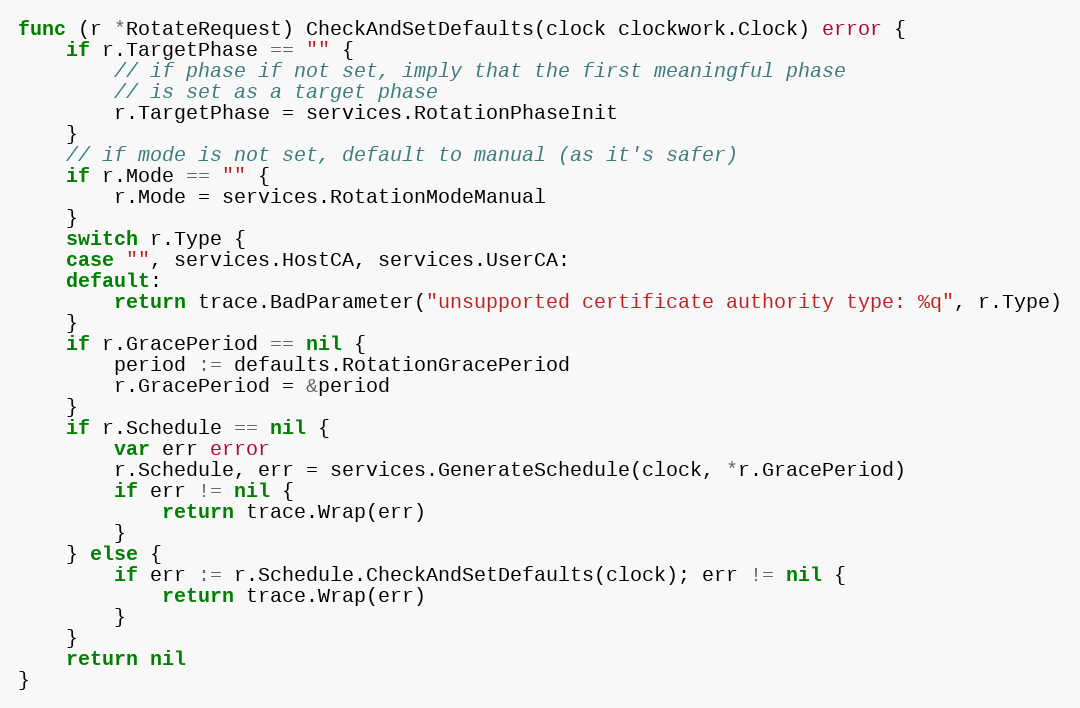
Language: Go
func (r *RotateRequest) CheckAndSetDefaults(clock clockwork.Clock) error {
	if r.TargetPhase == "" {
		// if phase if not set, imply that the first meaningful phase
		// is set as a target phase
		r.TargetPhase = services.RotationPhaseInit
	}
	// if mode is not set, default to manual (as it's safer)
	if r.Mode == "" {
		r.Mode = services.RotationModeManual
	}
	switch r.Type {
	case "", services.HostCA, services.UserCA:
	default:
		return trace.BadParameter("unsupported certificate authority type: %q", r.Type)
	}
	if r.GracePeriod == nil {
		period := defaults.RotationGracePeriod
		r.GracePeriod = &period
	}
	if r.Schedule == nil {
		var err error
		r.Schedule, err = services.GenerateSchedule(clock, *r.GracePeriod)
		if err != nil {
			return trace.Wrap(err)
		}
	} else {
		if err := r.Schedule.CheckAndSetDefaults(clock); err != nil {
			return trace.Wrap(err)
		}
	}
	return nil
}